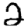
Digit: 2